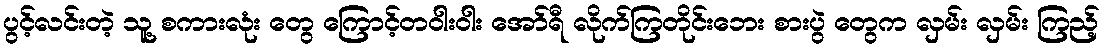
ပွင့်လင်းတဲ့ သူ့ စကားလုံး တွေ ကြောင့်တဝါးဝါး အော်ရီ လိုက်ကြတိုင်းဘေး စားပွဲ တွေက လှမ်း လှမ်း ကြည့်